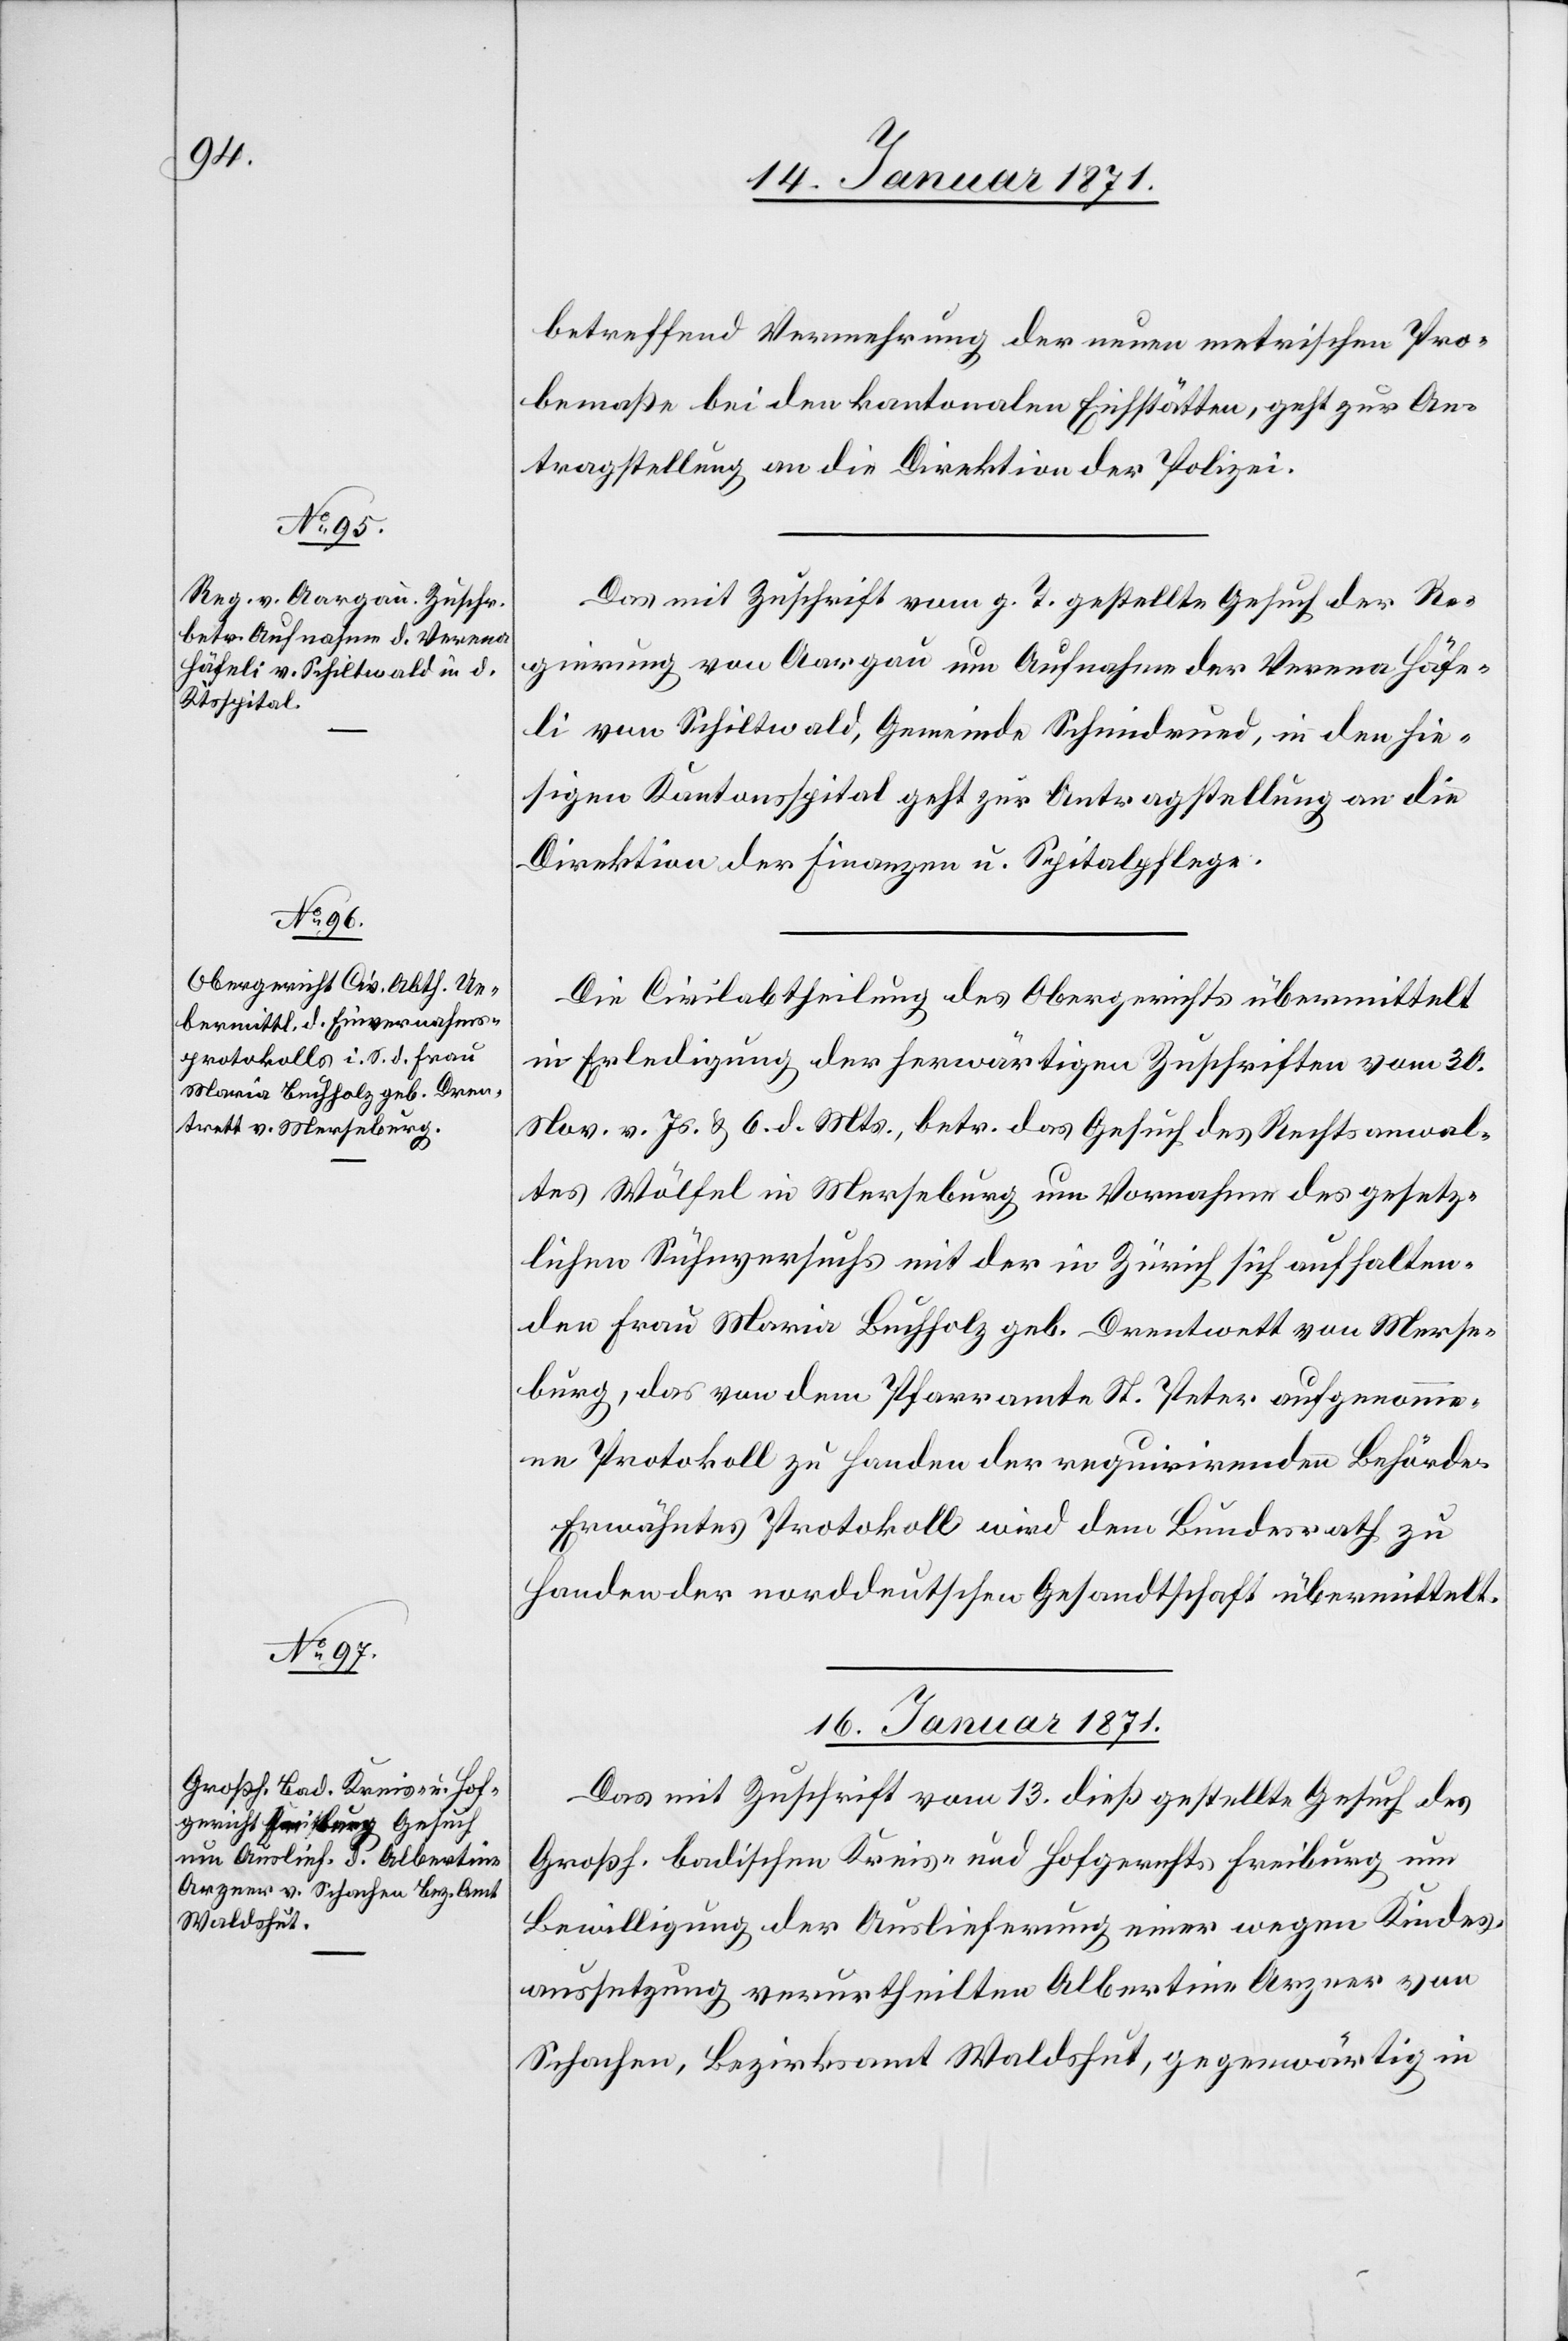
14. Januar 1871.]
betreffend Vermehrung der neuen metrischen Pro¬
bemaße bei den kantonalen Eichstätten, geht zur An¬
tragstellung an die Direktion der Polizei.
Das mit Zuschrift vom g. T. gestellte Gesuch der Re¬
gierung von Aargau um Aufnahme der Verena Häfe¬
li von Schiltwald, Gemeinde Schmidrued, in den hie¬
sigen Kantonspital geht zur Antragstellung an die
Direktion der Finanzen u. Spitalpflege.
Die Civilabtheilung des Obergerichts übermittelt
in Erledigung der herwärtigen Zuschriften vom 30.
Nov. v. Js. u. 6. d. Mts., betr. das Gesuch des Rechtsanwal¬
tes Wölfel in Merseburg um Vornahme des gesetz¬
lichen Sühnversuchs mit der in Zürich sich aufhalten¬
den Frau Maria Buchholz geb. Drentwett von Merse¬
burg, das von dem Pfarramte St. Peter aufgenomme¬
ne Protokoll zu Handen der requirirenden Behörde.
Erwähntes Protokoll wird dem Bundesrath zu
Handen der norddeutschen Gesandtschaft übermittelt.
16. Januar 1871.
Das mit Zuschrift vom 13. dieß gestellte Gesuch des
Grosh. badischen Kreis- und Hofgerichts Freiburg um
Bewilligung der Auslieferung einer wegen Kindes¬
aussetzung verurtheilten Albertine Arzner von
Schachen, Bezirksamt Waldshut, gegenwärtig in